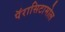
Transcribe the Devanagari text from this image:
पॅरासिटामोल